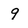
Character: 9